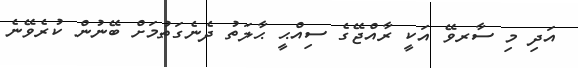
އަދި މި ސާރވޭ އަކީ ރާއްޖޭގެ ސިއްޙީ ޙާލަތު ދެނެގަތުމަށް ބޭނުން ކުރެވޭނެ